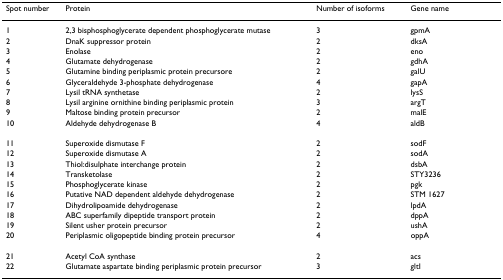
<table><thead><tr><td><b>Spot number</b></td><td><b>Protein</b></td><td><b>Number of isoforms</b></td><td><b>Gene name</b></td></tr></thead><tbody><tr><td>1</td><td>2,3 bisphosphoglycerate dependent phosphoglycerate mutase</td><td>3</td><td>gpmA</td></tr><tr><td>2</td><td>DnaK suppressor protein</td><td>2</td><td>dksA</td></tr><tr><td>3</td><td>Enolase</td><td>2</td><td>eno</td></tr><tr><td>4</td><td>Glutamate dehydrogenase</td><td>2</td><td>gdhA</td></tr><tr><td>5</td><td>Glutamine binding periplasmic protein precursore</td><td>2</td><td>galU</td></tr><tr><td>6</td><td>Glyceraldehyde 3-phosphate dehydrogenase</td><td>4</td><td>gapA</td></tr><tr><td>7</td><td>Lysil tRNA synthetase</td><td>2</td><td>lysS</td></tr><tr><td>8</td><td>Lysil arginine ornithine binding periplasmic protein</td><td>3</td><td>argT</td></tr><tr><td>9</td><td>Maltose binding protein precursor</td><td>2</td><td>malE</td></tr><tr><td>10</td><td>Aldehyde dehydrogenase B</td><td>4</td><td>aldB</td></tr><tr><td>11</td><td>Superoxide dismutase F</td><td>2</td><td>sodF</td></tr><tr><td>12</td><td>Superoxide dismutase A</td><td>2</td><td>sodA</td></tr><tr><td>13</td><td>Thiol:disulphate interchange protein</td><td>2</td><td>dsbA</td></tr><tr><td>14</td><td>Transketolase</td><td>2</td><td>STY3236</td></tr><tr><td>15</td><td>Phosphoglycerate kinase</td><td>2</td><td>pgk</td></tr><tr><td>16</td><td>Putative NAD dependent aldehyde dehydrogenase</td><td>2</td><td>STM 1627</td></tr><tr><td>17</td><td>Dihydrolipoamide dehydrogenase</td><td>2</td><td>lpdA</td></tr><tr><td>18</td><td>ABC superfamily dipeptide transport protein</td><td>2</td><td>dppA</td></tr><tr><td>19</td><td>Silent usher protein precursor</td><td>2</td><td>ushA</td></tr><tr><td>20</td><td>Periplasmic oligopeptide binding protein precursor</td><td>4</td><td>oppA</td></tr><tr><td>21</td><td>Acetyl CoA synthase</td><td>2</td><td>acs</td></tr><tr><td>22</td><td>Glutamate aspartate binding periplasmic protein precursor</td><td>3</td><td>gltI</td></tr></tbody></table>